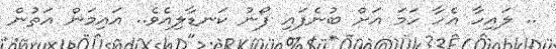
.. ލައިހާ އެހާ ހަމަ އަށް ބުނެފައި ފޯނު ކަނޑާލިއެވެ.. އައިމަން އަތުން